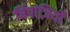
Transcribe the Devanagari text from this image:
चिंपांज़ियों